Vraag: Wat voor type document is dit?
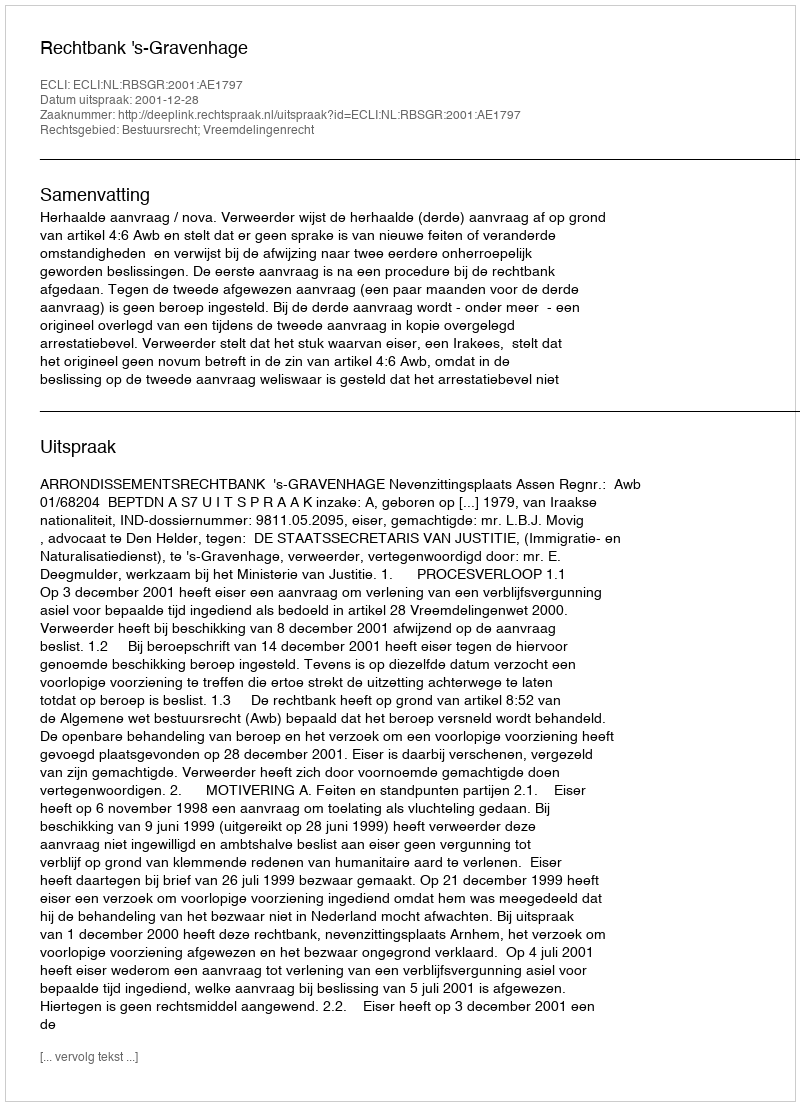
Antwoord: Uitspraak